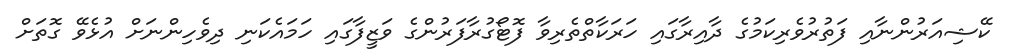
ކޭޝިއަރުންނާއި ފަތުރުވެރިކަމުގެ ދާއިރާގައި ހަރަކާތްތެރިވާ ފޮޓޯގުރާފަރުންގެ ވަޒީފާގައި ހަމައެކަނި ދިވެހިންނަަށް އުޅެވޭ ގޮތަށް